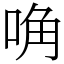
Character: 唃